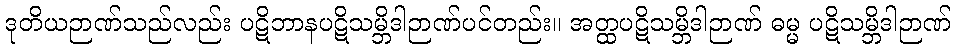
ဒုတိယဉာဏ်သည်လည်း ပဋိဘာနပဋိသမ္ဘိဒါဉာဏ်ပင်တည်း။ အတ္ထပဋိသမ္ဘိဒါဉာဏ် ဓမ္မ ပဋိသမ္ဘိဒါဉာဏ်